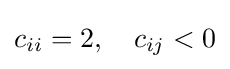
c_{ii}=2,\quad c_{ij}<0